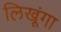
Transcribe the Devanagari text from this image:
लिखूंगा